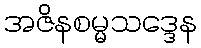
အဇိနစမ္မသဒ္ဒေန